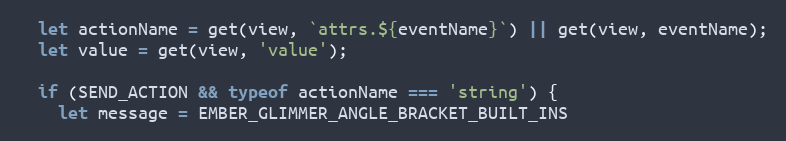
Language: JavaScript
  let actionName = get(view, `attrs.${eventName}`) || get(view, eventName);
  let value = get(view, 'value');

  if (SEND_ACTION && typeof actionName === 'string') {
    let message = EMBER_GLIMMER_ANGLE_BRACKET_BUILT_INS